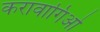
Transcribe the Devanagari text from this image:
करावागिओ